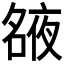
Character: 𡖺